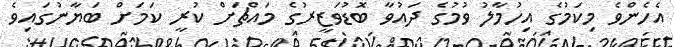
އެހެންވެ މިކަމުގެ އިހުމާލު ވުމުގެ ދައުވާ ބޮޑުވަޒީރުގެ މައްޗަށް ކުރީ ކަމަށް ބަޔާނުގައިވެ